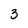
Character: 3